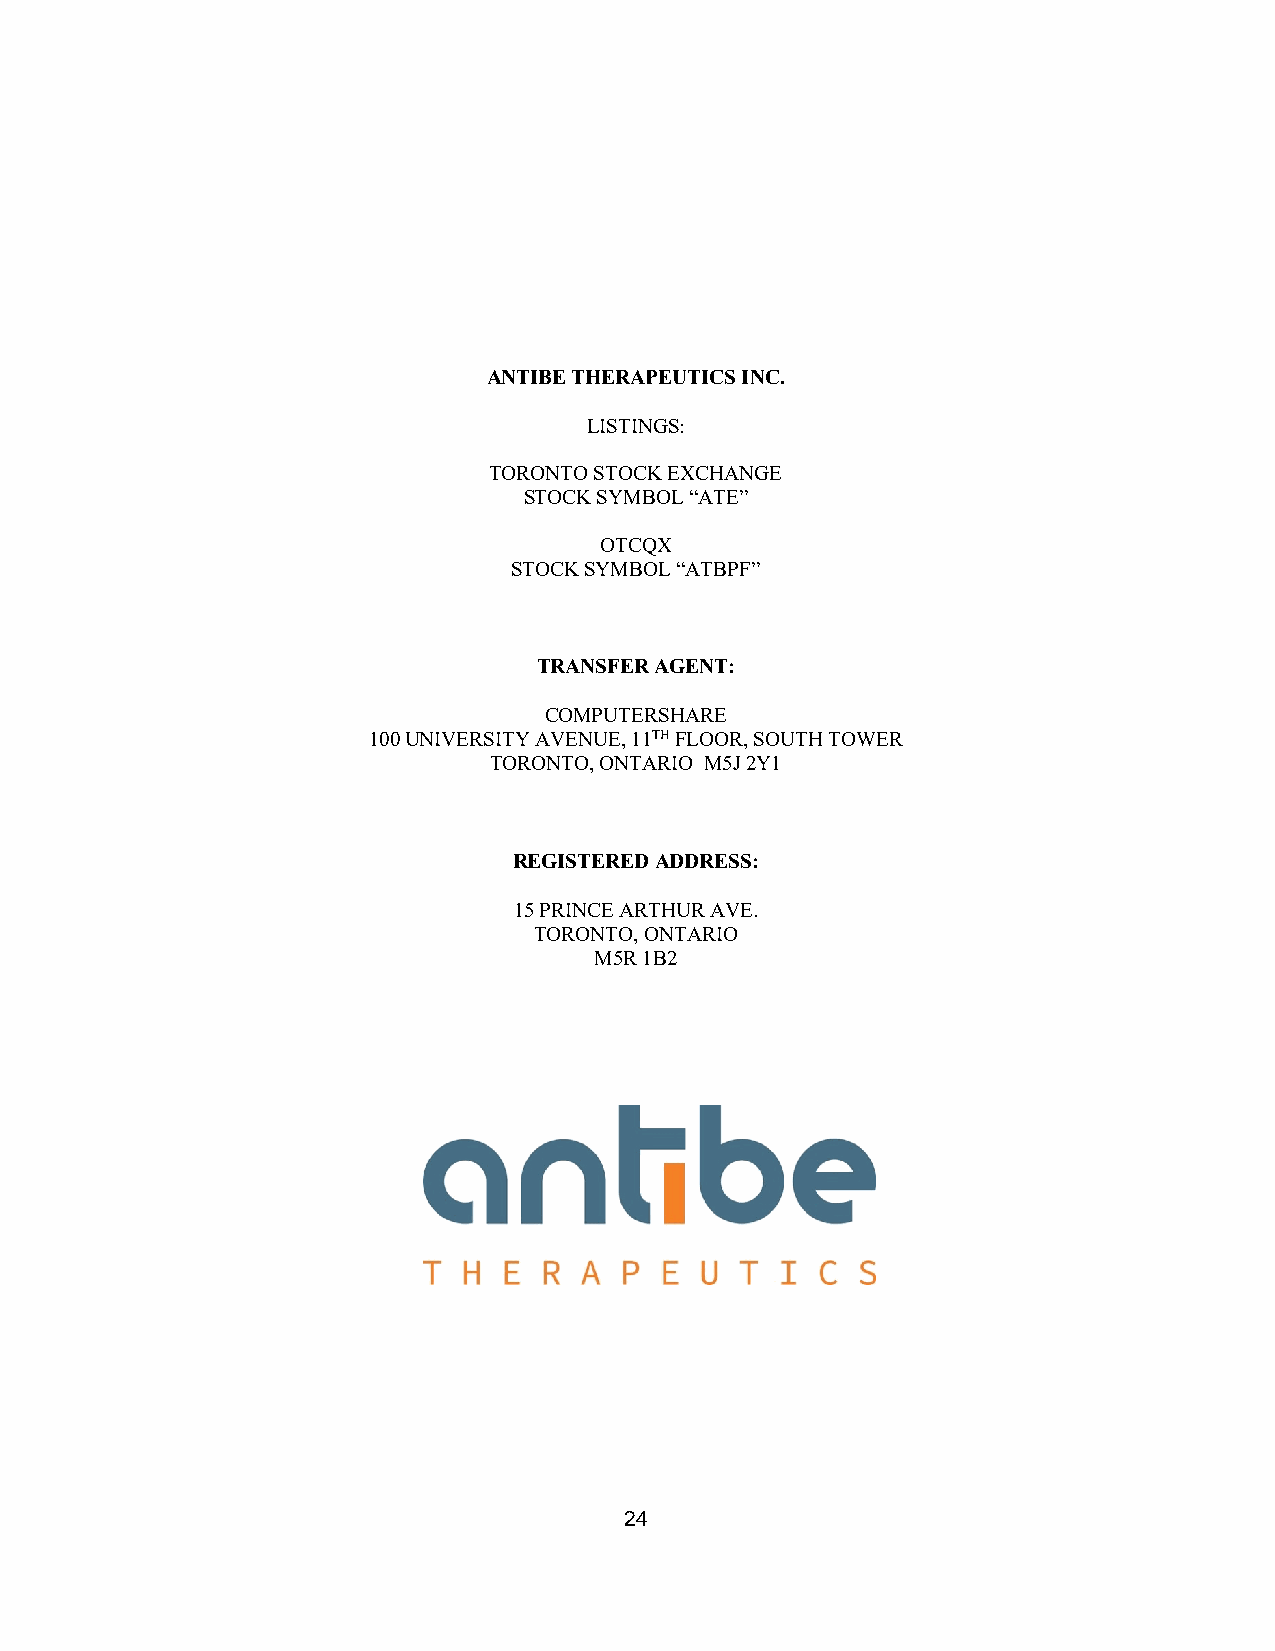
ANTIBE THERAPEUTICS INC.
 LISTINGS:
 TORONTO STOCK EXCHANGE
 STOCK SYMBOL “ATE”
 OTCQX
 STOCK SYMBOL “ATBPF”
 TRANSFER AGENT:
 COMPUTERSHARE
 100 UNIVERSITY AVENUE, 11TH FLOOR, SOUTH TOWER
 TORONTO, ONTARIO M5J 2Y1
 REGISTERED ADDRESS:
 15 PRINCE ARTHUR AVE.
 TORONTO, ONTARIO
 M5R 1B2
 24